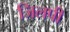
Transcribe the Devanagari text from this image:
जिलपी